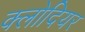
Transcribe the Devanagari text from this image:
क्लोदियर